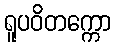
ရူပဝိတက္ကော